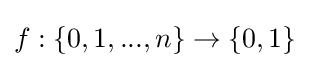
f:\{0,1,...,n\}\rightarrow \{0,1\}